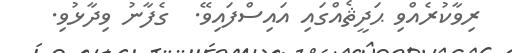
ރިވާކުރެއްވި ޙަދީޘެއްގައި އައިސްފައިވޭ.  ގެފާނު ވިދާޅުވި.